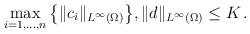
LaTeX: \begin{align*} \max_{i=1,\ldots,n}\big\{\|c_i\|_{L^{\infty}(\Omega)}\big\}, \|d\|_{L^{\infty}(\Omega)}\le K\,.\end{align*}